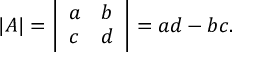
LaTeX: \begin{array} { r } { | A | = { \left| \begin{array} { l l } { a } & { b } \\ { c } & { d } \end{array} \right| } = a d - b c . } \end{array}